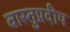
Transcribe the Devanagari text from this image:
वास्तुप्रदीप